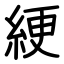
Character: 綆